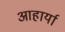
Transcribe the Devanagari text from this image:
आहार्या